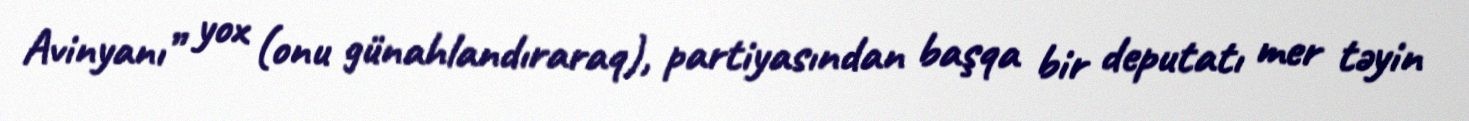
Avinyanı” yox (onu günahlandıraraq), partiyasından başqa bir deputatı mer təyin